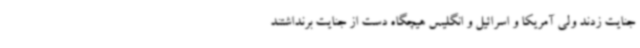
جنایت زدند ولی آمریکا و اسرائیل و انگلیس هیچگاه دست از جنایت برنداشتند